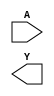
// This program was cloned from: https://github.com/lnis-uofu/SOFA
// License: MIT License

//Generated from netlist by SpyDrNet
//netlist name: FPGA88_SOFA_A
module sky130_fd_sc_hd__inv_1
(
    A,
    Y
);

    input A;
    output Y;

    wire A;
    wire Y;

endmodule

module sky130_fd_sc_hd__buf_2
(
    A,
    X
);

    input A;
    output X;

    wire A;
    wire X;

endmodule

module sky130_fd_sc_hd__buf_4
(
    A,
    X
);

    input A;
    output X;

    wire A;
    wire X;

endmodule

module sky130_fd_sc_hd__inv_2
(
    A,
    Y
);

    input A;
    output Y;

    wire A;
    wire Y;

endmodule

module sky130_fd_sc_hd__or2_1
(
    A,
    B,
    X
);

    input A;
    input B;
    output X;

    wire A;
    wire B;
    wire X;

endmodule

module sky130_fd_sc_hd__mux2_1
(
    A1,
    A0,
    S,
    X
);

    input A1;
    input A0;
    input S;
    output X;

    wire A1;
    wire A0;
    wire S;
    wire X;

endmodule

module sky130_fd_sc_hd__sdfrtp_1
(
    SCE,
    D,
    SCD,
    RESET_B,
    CLK,
    Q
);

    input SCE;
    input D;
    input SCD;
    input RESET_B;
    input CLK;
    output Q;

    wire SCE;
    wire D;
    wire SCD;
    wire RESET_B;
    wire CLK;
    wire Q;

endmodule

module sky130_fd_sc_hd__dfrtp_1
(
    RESET_B,
    CLK,
    D,
    Q
);

    input RESET_B;
    input CLK;
    input D;
    output Q;

    wire RESET_B;
    wire CLK;
    wire D;
    wire Q;

endmodule

module io
(
    IO_ISOL_N,
    SOC_IN,
    SOC_OUT,
    SOC_DIR,
    FPGA_OUT,
    FPGA_DIR,
    FPGA_IN
);

    input IO_ISOL_N;
    input SOC_IN;
    output SOC_OUT;
    output SOC_DIR;
    input FPGA_OUT;
    input FPGA_DIR;
    output FPGA_IN;

    wire IO_ISOL_N;
    wire SOC_IN;
    wire SOC_OUT;
    wire SOC_DIR;
    wire FPGA_OUT;
    wire FPGA_DIR;
    wire FPGA_IN;

endmodule

module sky130_fd_sc_hd__mux2_1_wrapper
(
    A0,
    A1,
    S,
    X
);

    input A0;
    input A1;
    input S;
    output X;

    wire A0;
    wire A1;
    wire S;
    wire X;

endmodule